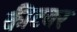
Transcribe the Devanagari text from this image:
कीटवर